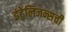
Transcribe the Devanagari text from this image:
इंटेलिजन्सची